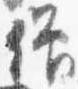
僧